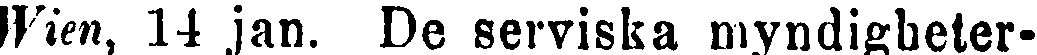
Wien, 14 jan. De serviska myndigheter-